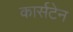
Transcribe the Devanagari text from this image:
कार्सटेन